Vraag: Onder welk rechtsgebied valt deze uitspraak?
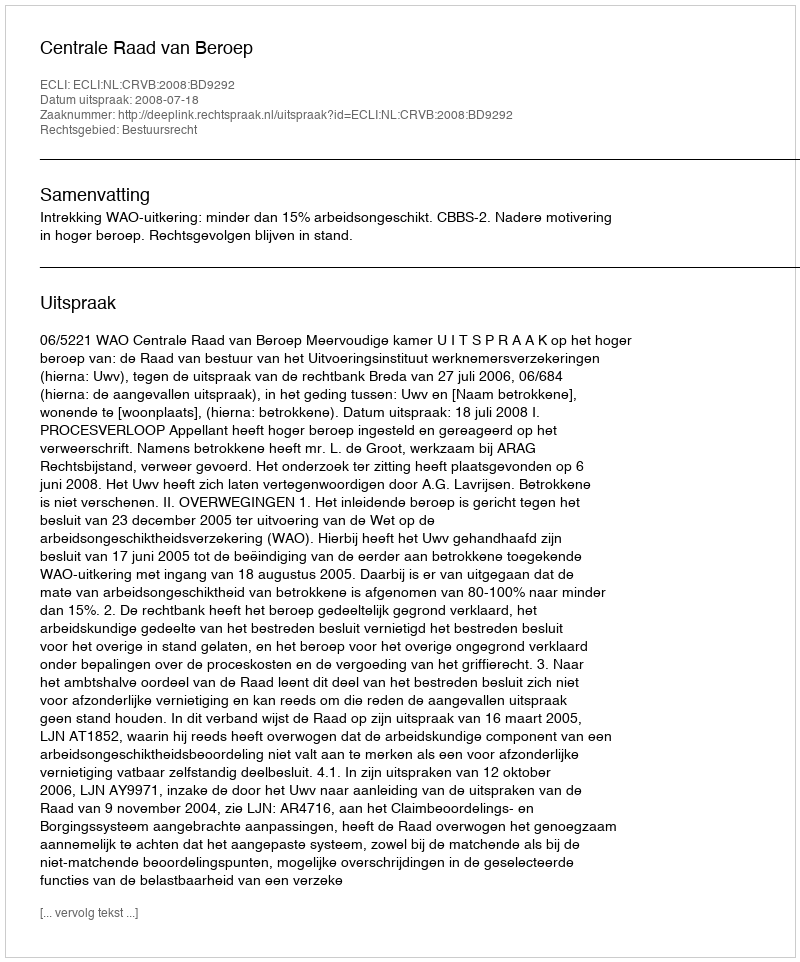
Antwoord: Bestuursrecht